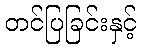
တင်ပြခြင်းနှင့်